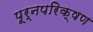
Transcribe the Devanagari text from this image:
पूर्नपरिक्षण